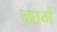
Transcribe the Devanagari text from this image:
कार्म